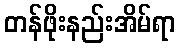
တန်ဖိုးနည်းအိမ်ရာ